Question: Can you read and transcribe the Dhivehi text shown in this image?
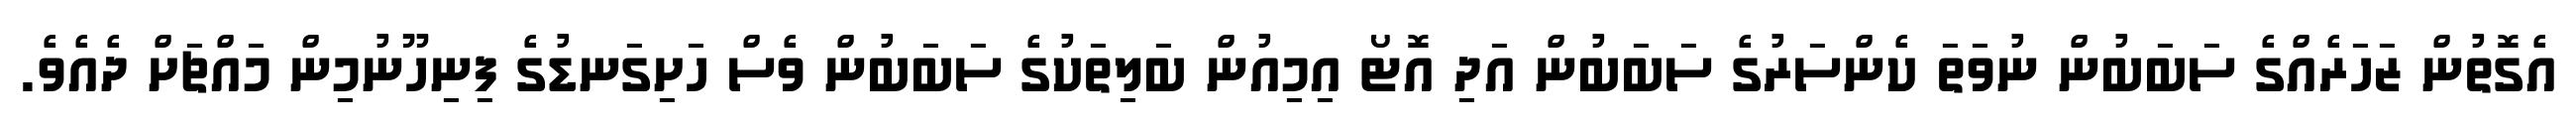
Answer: އެގޮތުން ޒަހަރެއްގެ ސަބަބުން ނުވަތަ ކެންސަރުގެ ސަބަބުން އަދި އޮޓޯ އިމިއުން ބަލިތަކުގެ ސަބަބުން ވެސް ހަށިގަނޑުގެ ފިނިހޫނުމިން މައްޗަށް ދެއެވެ.